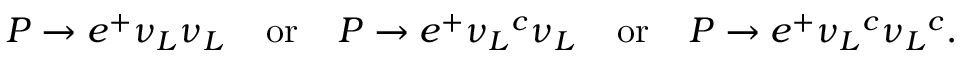
P \to e ^ { + } \nu _ { L } \nu _ { L } \; \; \; \; \mathrm { o r } \; \; \; \; P \to e ^ { + } { \nu _ { L } } ^ { c } { \nu _ { L } } \; \; \; \; \mathrm { o r } \; \; \; \; P \to e ^ { + } { \nu _ { L } } ^ { c } { \nu _ { L } } ^ { c } .